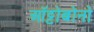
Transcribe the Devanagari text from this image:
ऑट्टोबोनो